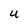
Character: U